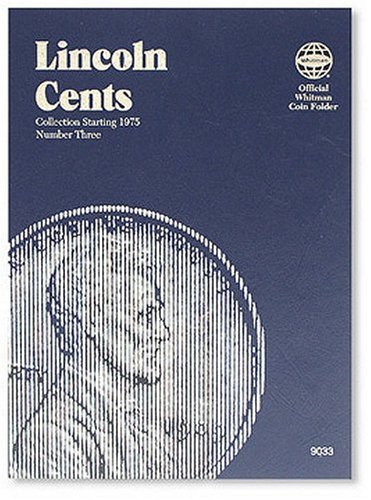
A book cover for Lincoln Cents Folder Starting 1975 (Official Whitman Coin Folder); Whitman; Crafts, Hobbies & Home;